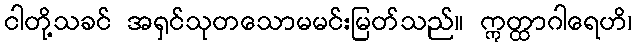
ငါတို့သခင် အရှင်သုတသောမမင်းမြတ်သည်။ ဣတ္ထာဂါရေဟိ၊